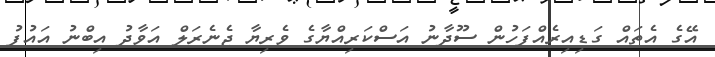
އޭގެ އެތައް ގަޑިއިރެއްފަހުން ސޫދާނު އަސްކަރިއްޔާގެ ވެރިޔާ ޖެނެރަލް އަވާދު އިބްނު އައުފު